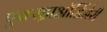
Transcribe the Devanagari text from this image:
एक्स्ट्राऑर्डिनेरी